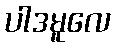
ပါဒမူလေ